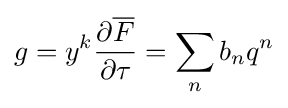
g=y^{k}{\frac {\partial {\overline {F}}}{\partial \tau }}=\sum _{n}b_{n}q^{n}